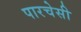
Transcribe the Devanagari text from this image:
पारचेसी